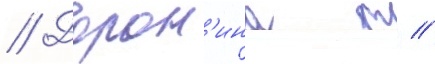
// Дорон'ина т //